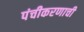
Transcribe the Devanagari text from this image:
पंचीकरणाची